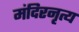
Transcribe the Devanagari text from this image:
मंदिरनृत्य